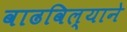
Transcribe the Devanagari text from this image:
वाढविल्याने